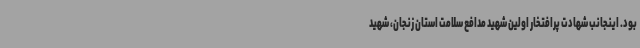
بود. اینجانب شهادت پرافتخار اولین شهید مدافع سلامت استان زنجان، شهید